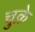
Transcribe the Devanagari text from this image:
चुक़े